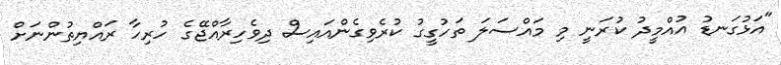
"އަޅުގަނޑު އުއްމީދު ކުރަނީ މި މައްސަލަ ތަހުގީގު ކުރެވިގެންއައިސް ދިވެހިރާއްޖޭގެ ހުރިހާ ރައްޔިތުންނަށް